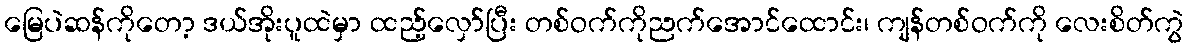
မြေပဲဆန်ကိုတော့ ဒယ်အိုးပူထဲမှာ ထည့်လှော်ပြီး တစ်ဝက်ကိုညက်အောင်ထောင်း၊ ကျန်တစ်ဝက်ကို လေးစိတ်ကွဲ